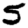
Digit: 5